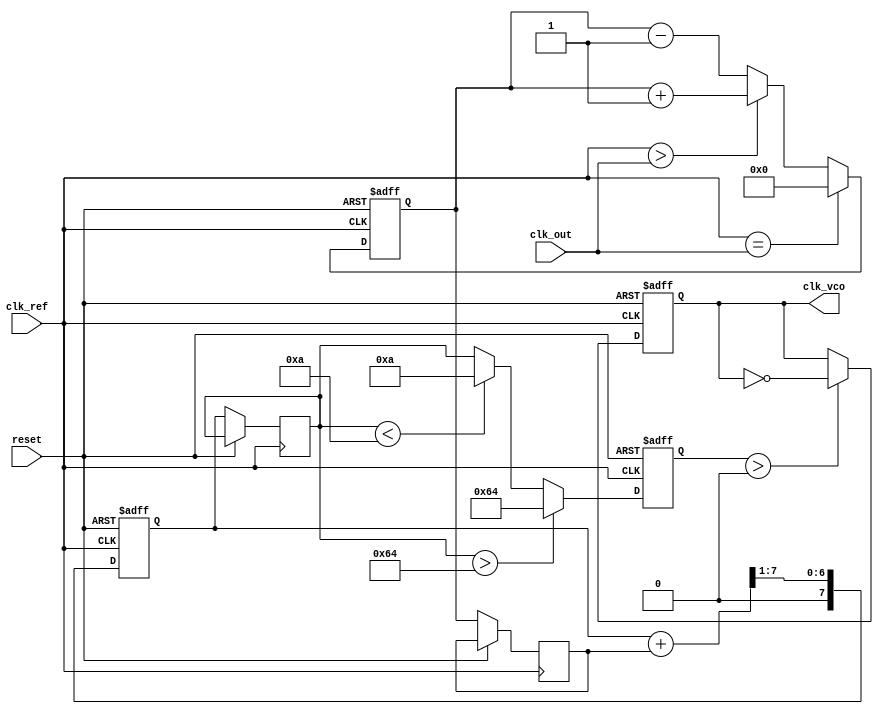
module PLL (
    input wire clk_ref,           // Reference clock input
    input wire clk_out,           // Output clock from VCO
    input wire reset,             // Asynchronous reset
    output reg clk_vco            // VCO output clock
);

// Parameters
parameter PHASE_WIDTH = 8;      // Width for phase error signal
parameter FILTER_WIDTH = 8;      // Width for filter output
parameter VCO_MAX_FREQ = 100;    // Max frequency for VCO
parameter VCO_MIN_FREQ = 10;     // Min frequency for VCO

// Internal signals
reg [PHASE_WIDTH-1:0] phase_error; // Phase error signal
reg [FILTER_WIDTH-1:0] control_voltage; // Control voltage from loop filter
reg [FILTER_WIDTH-1:0] filter_output; // Filter output
reg [7:0] vco_counter;            // VCO frequency control counter

// Memory blocks for storing phase error and control signals
reg [PHASE_WIDTH-1:0] phase_memory; // Memory for phase error
reg [FILTER_WIDTH-1:0] control_memory; // Memory for control voltage

// Phase Detector (PD)
always @(posedge clk_ref or posedge reset) begin
    if (reset) begin
        phase_error <= 0;
    end else begin
        // Simple phase detection logic (example)
        if (clk_ref == clk_out) begin
            phase_error <= 0; // Aligned
        end else if (clk_ref > clk_out) begin
            phase_error <= phase_error + 1; // Phase lag
        end else begin
            phase_error <= phase_error - 1; // Phase lead
        end
        // Store phase error in memory
        phase_memory <= phase_error;
    end
end

// Loop Filter (LF)
always @(posedge clk_ref or posedge reset) begin
    if (reset) begin
        filter_output <= 0;
    end else begin
        // Simple low-pass filter (example)
        filter_output <= (filter_output + phase_memory) >> 1; // Averaging
        // Store control voltage in memory
        control_memory <= filter_output;
    end
end

// Voltage-Controlled Oscillator (VCO)
always @(posedge clk_ref or posedge reset) begin
    if (reset) begin
        vco_counter <= 0;
        clk_vco <= 0;
    end else begin
        // Adjust VCO frequency based on control voltage
        if (control_memory > VCO_MAX_FREQ) begin
            vco_counter <= VCO_MAX_FREQ;
        end else if (control_memory < VCO_MIN_FREQ) begin
            vco_counter <= VCO_MIN_FREQ;
        end else begin
            vco_counter <= control_memory;
        end
        
        // Generate VCO output clock based on counter
        if (vco_counter > 0) begin
            clk_vco <= ~clk_vco; // Toggle output clock
        end
    end
end

endmodule